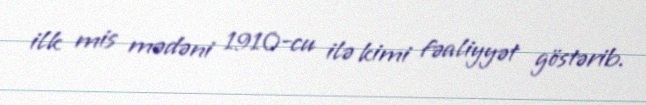
ilk mis mədəni 1910-cu ilə kimi fəaliyyət göstərib.